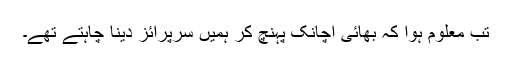
تب معلوم ہوا کہ بھائی اچانک پہنچ کر ہمیں سرپرائز دینا چاہتے تھے۔